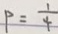
P = \frac { 1 } { 4 }